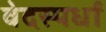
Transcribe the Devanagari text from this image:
वेदस्पर्धा